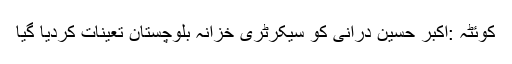
کوئٹہ :اکبر حسین درانی کو سیکرٹری خزانہ بلوچستان تعینات کردیا گیا